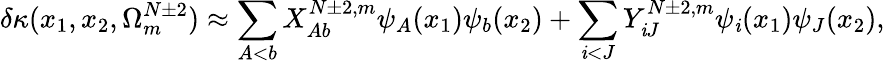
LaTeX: \delta\kappa(x_{1},x_{2},\Omega_{m}^{N\pm2})\approx\sum_{A<b}X_{Ab}^{N\pm2,m}\psi_{A}(x_{1})\psi_{b}(x_{2})+\sum_{\mathit{i}<J}Y_{\mathit{i}J}^{N\pm2,m}\psi_{\mathit{i}}(x_{1})\psi_{J}(x_{2}),